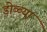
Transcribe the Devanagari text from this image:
डोळ्या